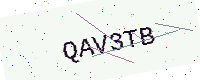
Text: QAV3TB